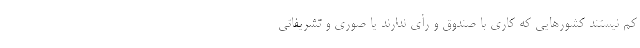
کم نیستند کشورهایی که کاری با صندوق و رأی ندارند یا صوری و تشریفاتی